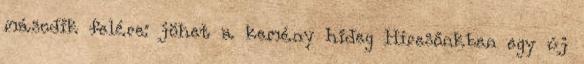
második felére: jöhet a kemény hideg Híresőnkben egy új